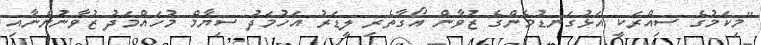
"މިކަމުގެ ސިއްރަކީ އަޅުގަނޑުމެންގެ ޒުވާން އޯގާތެރި ލީޑަރު އަހުމަދު ސިޔާމް މުހައްމަދު ޒުވާނުންނާއި